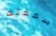
سمعتك